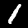
Digit: 1